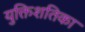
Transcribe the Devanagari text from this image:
युक्तिशतिका